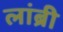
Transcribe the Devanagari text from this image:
लांब्री